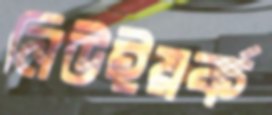
নিউইয়র্ক